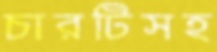
চারটিসহ